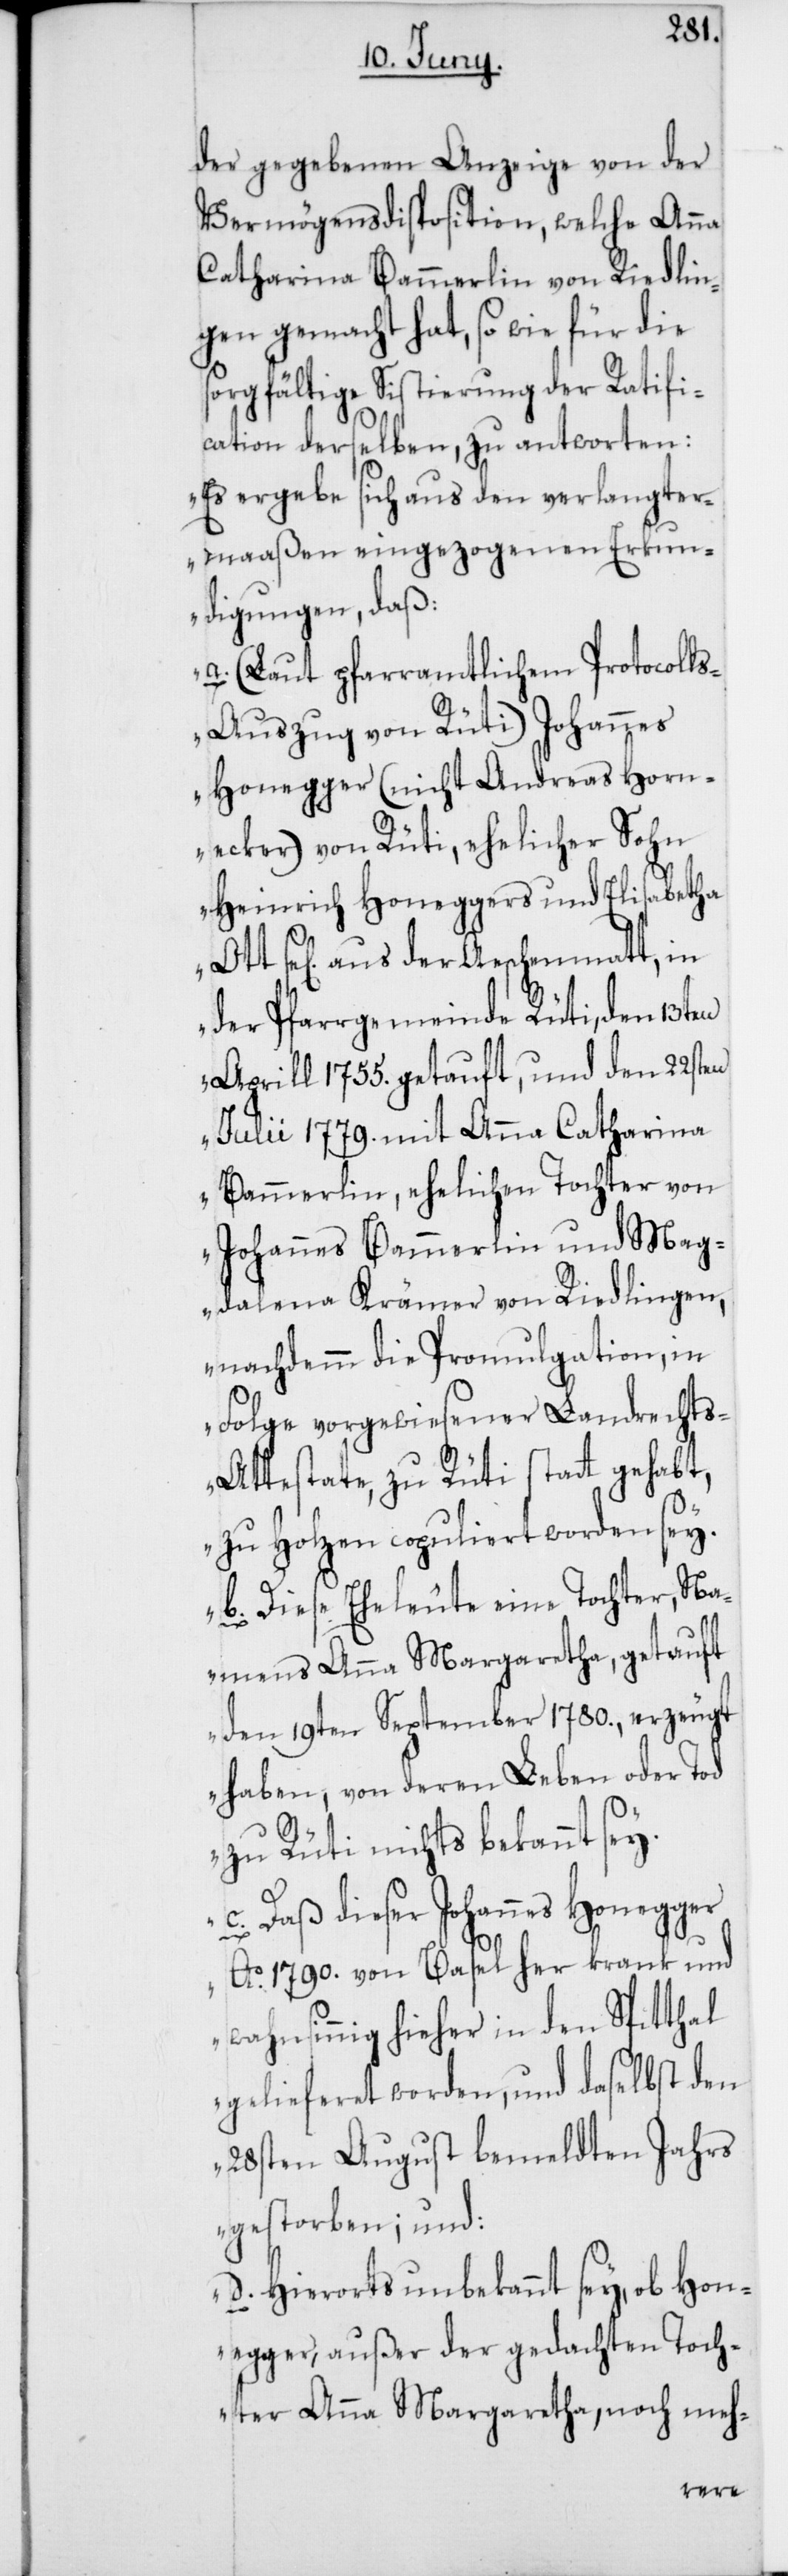
der gegebenen Anzeige von der
Vermögensdisposition, welche Anna
Catherina Bammerlin von Riedlin¬
gen gemacht hat, so wie für die
sorgfältige Sistierung der Ratifi¬
cation derselben, zu antworten:
„Es ergebe sich aus den verlangter¬
maaßen eingezogenen Erkun¬
digungen, daß
a. (Laut pfarramtlichem Protocoll¬
s-Auszug von Rüti) Johannes
Honegger (nicht Andreas Horn¬
ecker) von Rüti, ehelicher Sohn
Heinrich Honeggers und Elisabetha
se[lig] aus der Aeschenmatt, in
der Pfarrgemeinde Rüti, den 13ten
Aprill 1755. getauft, und den 22sten
Julii 1779. mit Anna Catherina
Bammerlin, ehelichen Tochter von
Johannes Bammerlin und Mag¬
dalena Krämer von Riedlingen,
nachdem die Promulgation, in
Folge vorgewiesener Landrechts-A¬
ttestate, zu Rüti stattgehabt,
zu Holzen copuliert worden sey.
b. Diese Eheleute eine Tochter, Na¬
mens Anna Margaretha, getauft
den 19ten September 1780., erzeugt
haben, von deren Leben oder Tod
zu Rüti nichts bekannt sey.
c. Daß dieser Johannes Honegger
Ao 1790. von Basel her krank und
wahnsinnig hieher in den Spitthal
gelieferet worden, und daselbst den
28sten August bemeldten Jahrs
gestorben; und:
d. Hierorts unbekannt sey, ob Hon¬
egger, außer der gedachten Toch¬
ter Anna Margaretha, noch meh-